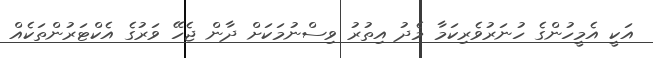
އަކީ އެމީހުންގެ ހުނަރުވެރިކަމާ މެދު އިތުރު ވިސްނުމަކަށް ދާން ޖެހޭ ވަރުގެ އެކްޓަރުންތަކެއް